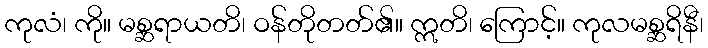
ကုလံ၊ ကို။ မစ္ဆရာယတိ၊ ဝန်တိုတတ်၏။ ဣတိ၊ ကြောင့်။ ကုလမစ္ဆရိနီ၊